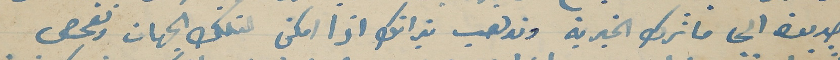
جديدة الى ماترك الخيرية وتدهب بذاتك اذا امكن لتلك الجهات وتفحص